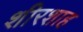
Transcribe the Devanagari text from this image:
शीरशाह